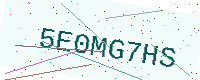
Text: 5E0MG7HS